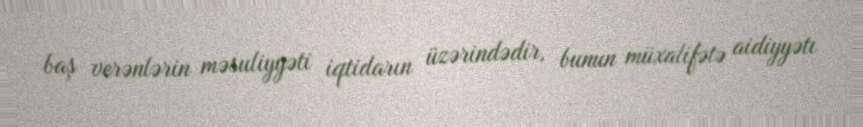
baş verənlərin məsuliyyəti iqtidarın üzərindədir, bunun müxalifətə aidiyyətı